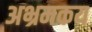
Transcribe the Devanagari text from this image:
अभ्रमकय